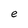
Character: e